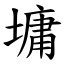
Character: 墉